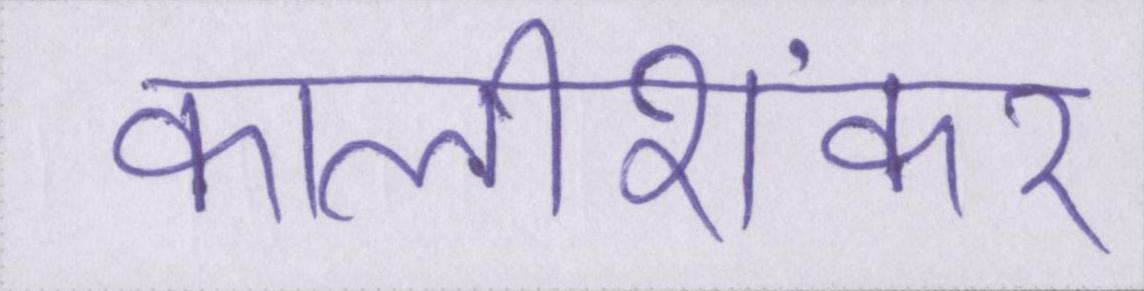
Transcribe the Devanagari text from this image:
कालीशंकर